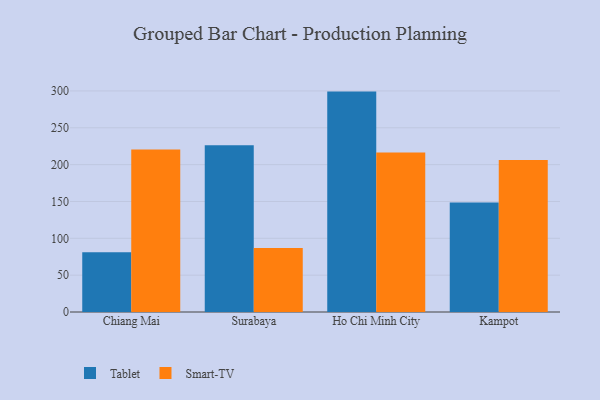
{"axis": {"x": "City", "y": "Demand Index"}, "legend": ["Smart-TV", "Tablet"], "data": [{"x": "Chiang Mai", "y": 81.0, "type": "Tablet"}, {"x": "Chiang Mai", "y": 220.5, "type": "Smart-TV"}, {"x": "Surabaya", "y": 226.3, "type": "Tablet"}, {"x": "Surabaya", "y": 86.8, "type": "Smart-TV"}, {"x": "Ho Chi Minh City", "y": 299.1, "type": "Tablet"}, {"x": "Ho Chi Minh City", "y": 216.4, "type": "Smart-TV"}, {"x": "Kampot", "y": 148.5, "type": "Tablet"}, {"x": "Kampot", "y": 206.3, "type": "Smart-TV"}]}